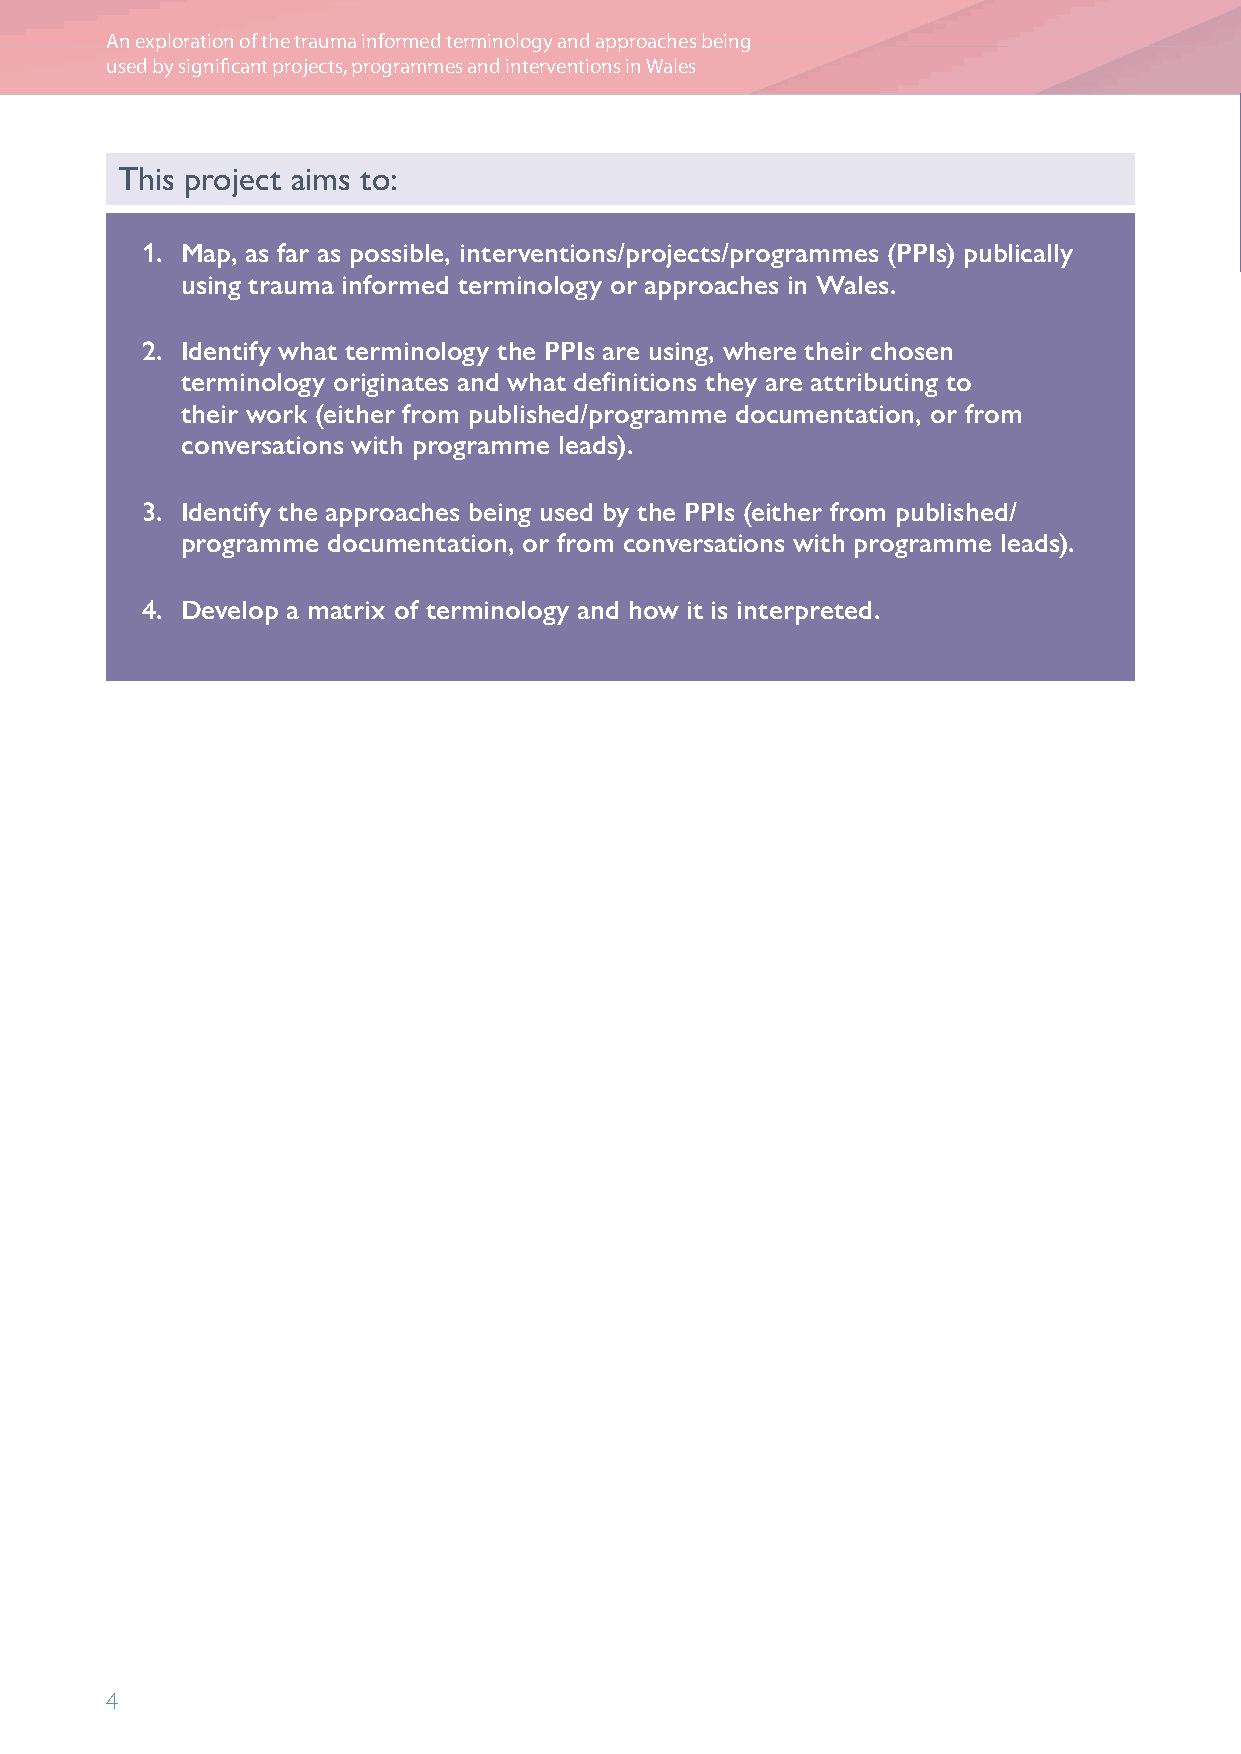
An exploration of the trauma informed terminology and approaches being
 used by significant projects, programmes and interventions in Wales
 This project aims to:
 1. M ap, as far as possible, interventions/projects/programmes (PPIs) publically
 using trauma informed terminology or approaches in Wales.
 2. Identify what terminology the PPIs are using, where their chosen
 terminology originates and what definitions they are attributing to
 their work (either from published/programme documentation, or from
 conversations with programme leads).
 3. Identify the approaches being used by the PPIs (either from published/
 programme documentation, or from conversations with programme leads).
 4. Develop a matrix of terminology and how it is interpreted.
 4